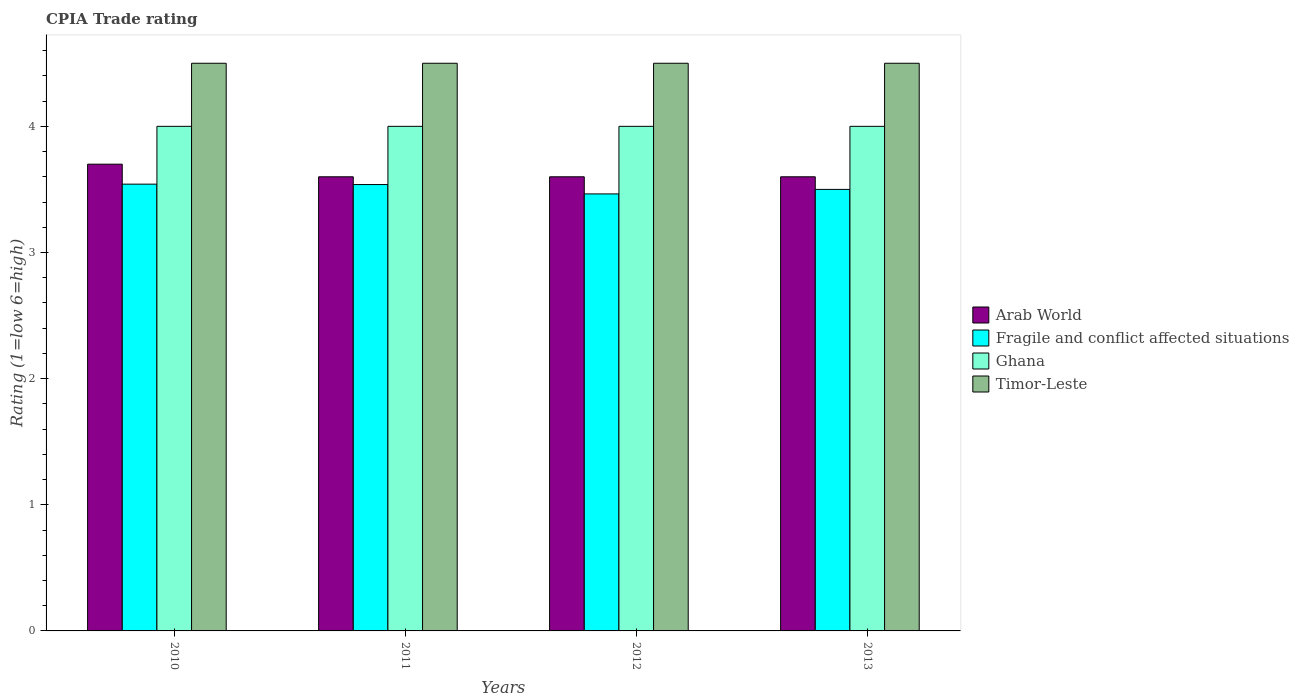
| Years | Arab World | Fragile and conflict affected situations | Ghana | Timor-Leste |
 | --- | --- | --- | --- | --- |
 | 2010 | 3.7 | 3.54 | 4 | 4.5 |
 | 2011 | 3.6 | 3.54 | 4 | 4.5 |
 | 2012 | 3.6 | 3.46 | 4 | 4.5 |
 | 2013 | 3.6 | 3.5 | 4 | 4.5 |